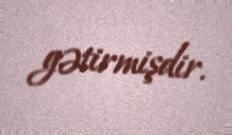
gətirmişdir.